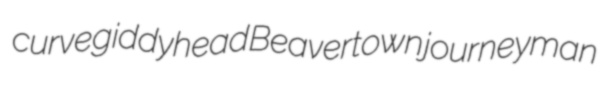
curve giddyhead Beavertown journeyman